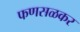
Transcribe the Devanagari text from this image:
फणसळकर